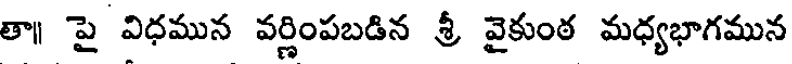
తా॥ పై విధమున వర్ణింపబడిన శ్రీ వైకుంఠ మధ్యభాగమున